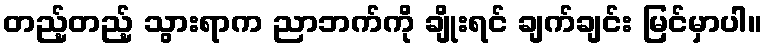
တည့်တည့် သွားရာက ညာဘက်ကို ချိုးရင် ချက်ချင်း မြင်မှာပါ။